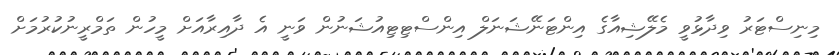
މިނިސްޓަރު ވިދާޅުވީ މެލޭޝިއާގެ އިންޓަނޭޝަނަލް އިންސްޓިޓިއުޝަނުން ވަނީ އެ ދާއިރާއަށް މީހުން ތަމްރީނުކުރުމަށް